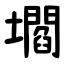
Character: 壛